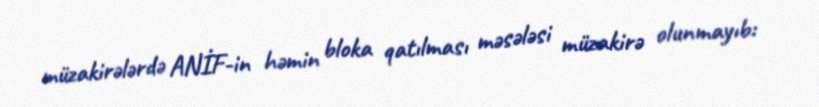
müzakirələrdə ANİF-in həmin bloka qatılması məsələsi müzakirə olunmayıb: